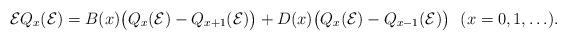
LaTeX: \begin{align*} \mathcal{E}Q_x(\mathcal{E}) =B(x)\bigl(Q_x(\mathcal{E})-Q_{x+1}(\mathcal{E})\bigr) +D(x)\bigl(Q_x(\mathcal{E})-Q_{x-1}(\mathcal{E})\bigr) \ \ (x=0,1,\ldots). \end{align*}